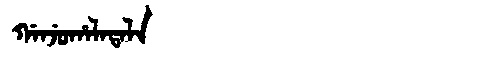
Manchu: ᡤᠠᠨᠵᡠᡥᠠᠯᠠᡨᠠᠯᠠ
Romanization: GANJUHALATALA